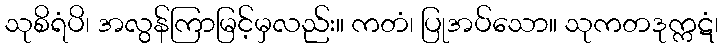
သုစိရံပိ၊ အလွန်ကြာမြင့်မှလည်း။ ကတံ၊ ပြုအပ်သော။ သုကတဒုက္ကဋံ၊